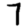
Digit: 7